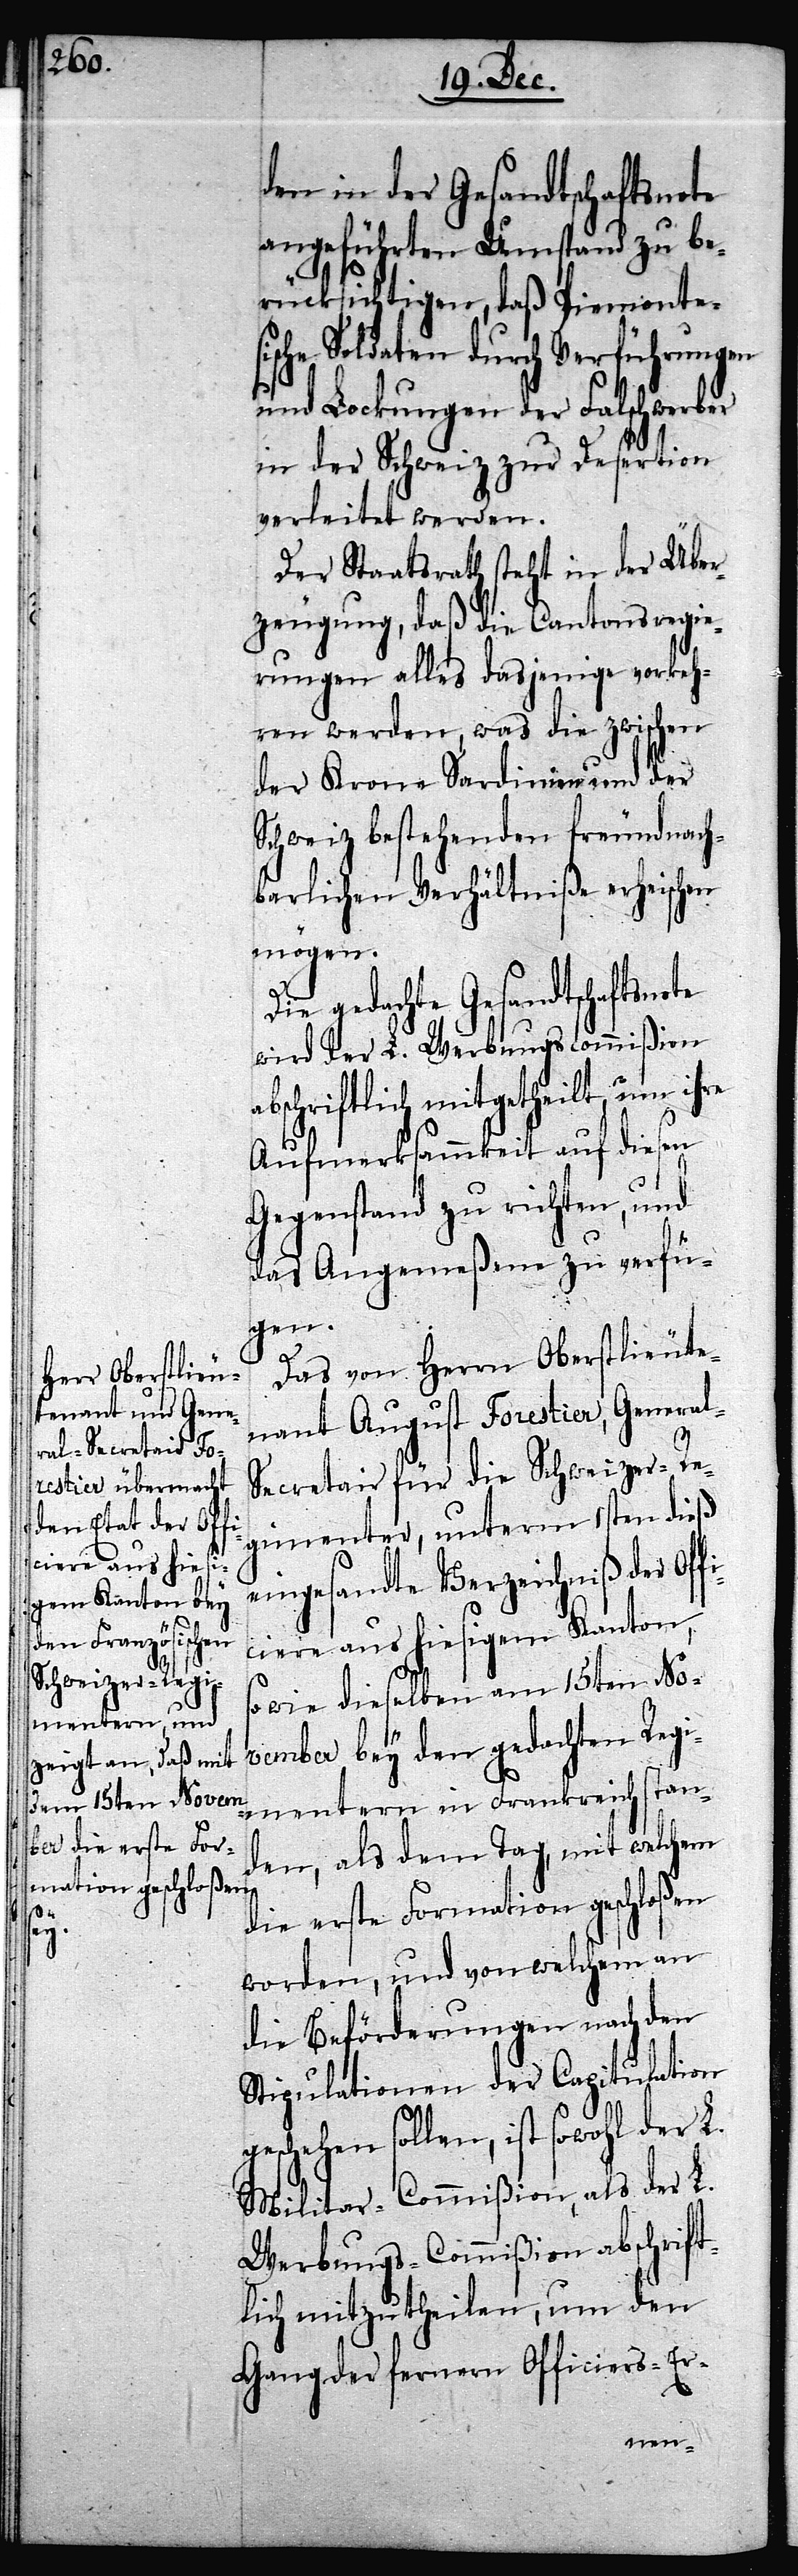
den in der Gesandtschaftsnote
angeführten Umstand zu be¬
rücksichtigen, daß Piemonte¬
sche Soldaten durch Verführungen
und Lockungen der Falschwerber
in der Schweiz zur Desertion
verleitet werden.
Der Staatsrath steht in der Über¬
zeugung, daß die Cantonsregie¬
rungen alles dasjenige vorkeh¬
ren werden, was die zwischen
der Krone Sardinien und der
Schweiz bestehenden freundnach¬
barlichen Verhältniße erheischen
mögen.
Die gedachte Gesandtschaftsn¬
wird der L. Werbungscommißion
abschriftlich mitgetheilt, um ihre
Aufmerksammkeit auf diesen
Gegenstand zu richten, und
das Angemeßene zu verfü¬
gen.
Das von Herrn Oberstlieute¬
nant August Forestier, General-S¬
ecretair für die Schweizer-Re¬
gimenter, unterm 1sten dieß
eingesandte Verzeichniß der Off¬
iciere aus hiesigem Kanton,
wie dieselben am 15ten No¬
vember bey den gedachten Regi¬
mentern in Frankreich stan¬
den, als dem Tag, mit welchem
die erste Formation geschloßen
ote
worden, und von welchem an
die Beförderungen nach den
Stipulationen der Capitulation
geschehen sollen, ist sowohl der L.
Militar-Commißion, als der L.
Werbungs-Commißion abschrift¬
lich mitzutheilen, um den
Gang der fernern Officiers-Er-